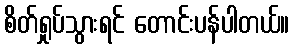
စိတ်ရှုပ်သွားရင် တောင်းပန်ပါတယ်။